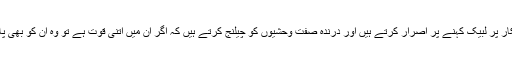
وہ ضمیر کی للکار پر لبیک کہنے پر اصرار کرتے ہیں اور درندہ صفت وحشیوں کو چیلنج کرتے ہیں کہ اگر ان میں اتنی قوت ہے تو وہ ان کو بھی پاش پاش کر دیں۔